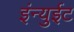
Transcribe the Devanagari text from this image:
इंन्युईट